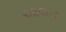
આલગ